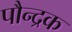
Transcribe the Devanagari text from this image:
पौन्द्रक